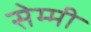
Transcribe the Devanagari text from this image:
सेम्मी